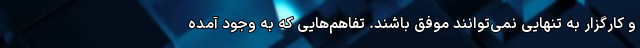
و کارگزار به تنهایی نمی‌توانند موفق باشند. تفاهم‌هایی که به وجود آمده